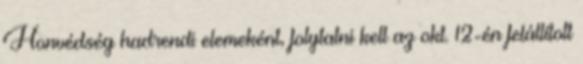
Honvédség hadrendi elemeként, folytatni kell az okt. 12-én felállított